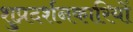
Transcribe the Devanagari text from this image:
शुप्रदर्शनकारियों